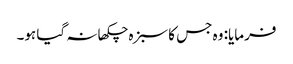
فرمایا: وہ جس کا سبزہ چکھا نہ گیا ہو۔